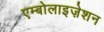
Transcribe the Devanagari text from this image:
एम्बोलाइज़ेशन